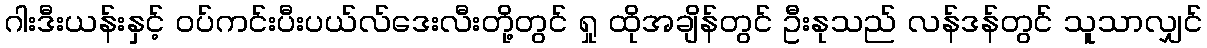
ဂါးဒီးယန်းနှင့် ဝပ်ကင်းပီးပယ်လ်ဒေးလီးတို့တွင် ရှု ထိုအချိန်တွင် ဦးနုသည် လန်ဒန်တွင် သူသာလျှင်